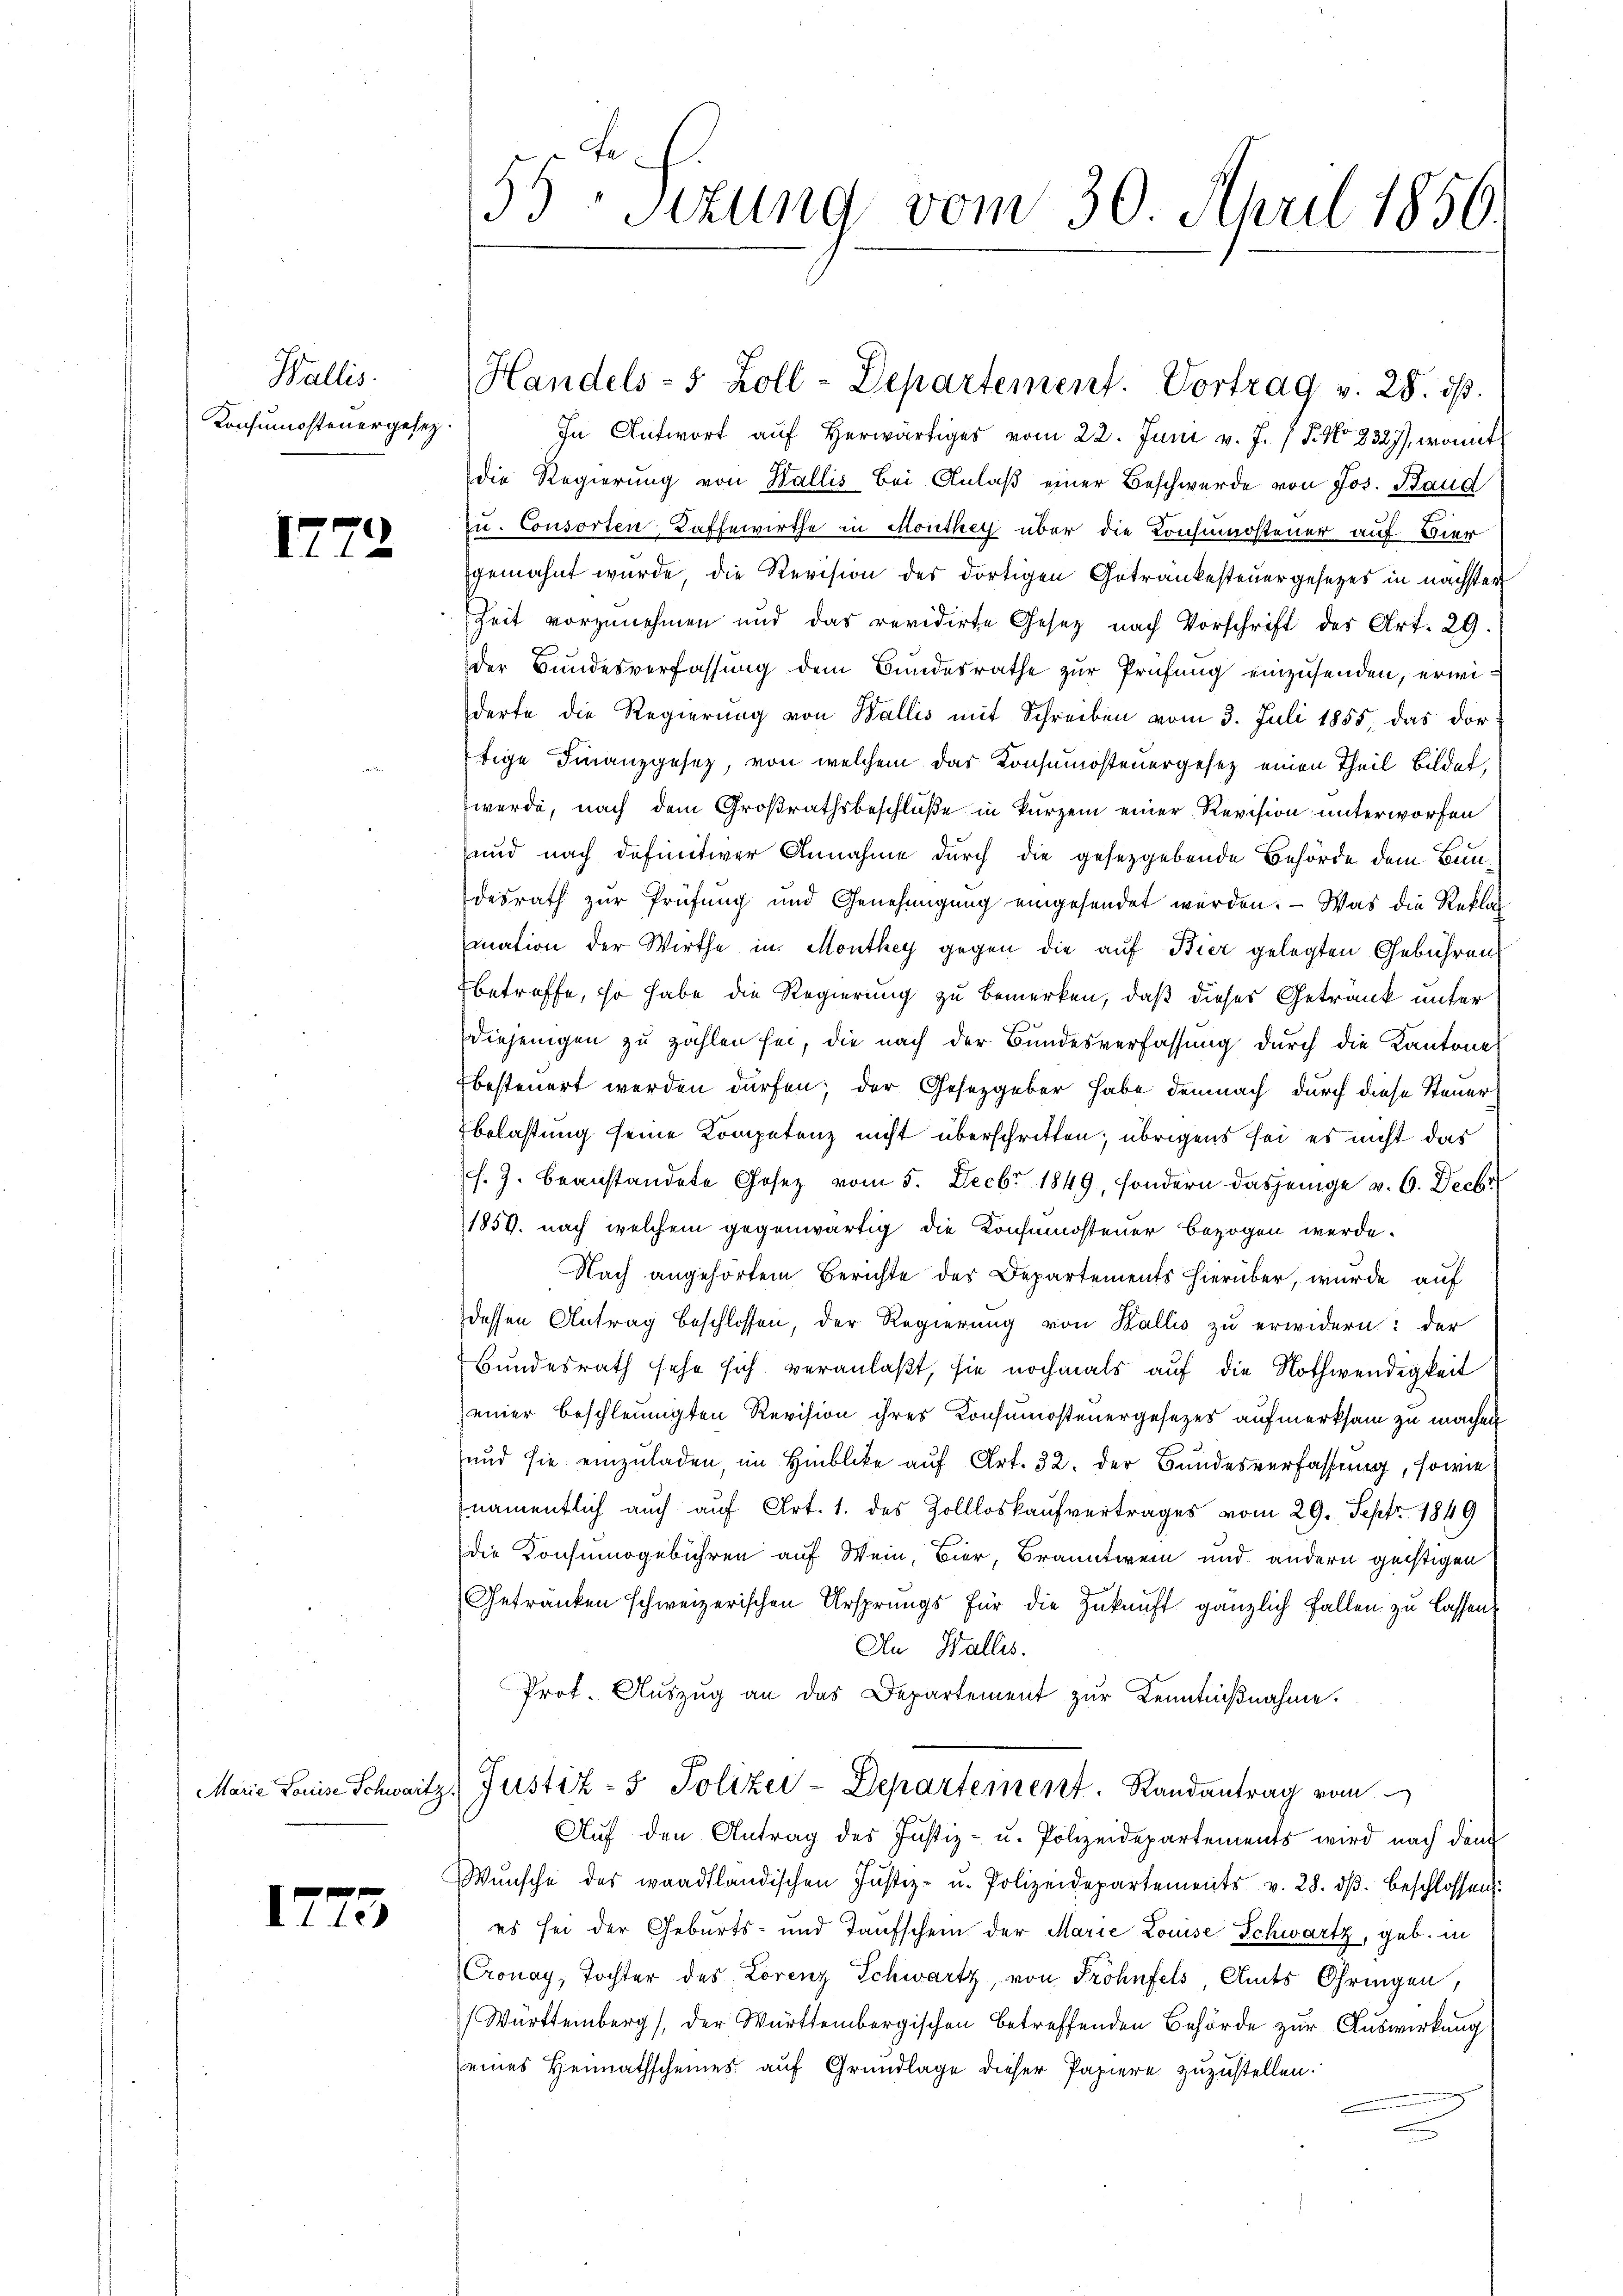
Wallis.
Konsumostenergesez.

1772

1773

55-Sitzung vom 30. April 1856.

Handels- 5 Zoll-Departement. Vortrag v. 28. ds.

In Antwort auf herwärtiges vom 22. Juni v. J. / 5. No 8327), womit
die Regierung von Wallis bei Anlaß einer Beschwerde von Jos. Baud
zu. Consorten-Kaffewirthe in Monthey über die Konsumsteuer auf Vier
gemahnt wurde, die Revision des dortigen Getrankesteuergesezes in nächster
Zeit vorzunehmen und das revidirte Gesetz nach Vorschrift des Art. 29.
der Bundesverfassung dem Bundesrathe zur Prüfung einzusenden, erwiderte die Regierung von Wallis mit Schreiben vom 3. Juli 1855, das dor
tige Finanzgesetz, von welchem das Konsumosteuergesetz einen Theil Bildet,
werde, nach dem Großrathsbeschluße in kurzem einer Revision unterworfen
und nach definitiver Annahme durch die gesetzgebende Behörde dem Bundesrath zur Prüfung und Genehmigung eingesendet werden. — Was die Rekla
mation der Wirthe in Monthey gegen die auf Bier gelegten Gebühren
Ebetreffe, so habe die Regierung zu bemerken, daß dieses Getrank unter
Diejenigen zu zählen sei, die nach der Bundesverfassung durch die Kantone
besteuert werden dürfen; der Gesetzgeber habe demnach durch diese Steuerbelastung seine Kompetenz nicht überschritten; übrigens sei es nicht das
s. Z. beanstandete Gesez vom 5. Decbr 1849, sondern dasjenige v. 6. Decbr
1859. nach welchem gegenwärtig die Konsumosteuer bezogen werde.
Nach angehörtem Berichte des Departements hierüber, wurde auf
dessen Antrag beschlossen, der Regierung von Wallis zu erwidern: der
Bundesrath sehe sich veranlaßt, sie nochmals auf die Nothwendigkeit
einer beschleunigten Revision ihres Konsumostenergesezes aufmerksam zu machen
und sie einzuladen, im Hinblicke auf Art. 32. der Bundesverfassung, sowie
namentlich auch auf Art. 1. des Zollloskaufvertrages vom 29. Sept. 1849
die Konsumsgebühren auf Wein, Bier, Branntwein und andern geistigen
Getränken schweizerischen Ursprungs für die Zukunft gänzlich Fallen zu lassen
An Wallis.
Prof. Auszug an das Departement zur Kenntnißnahme.
Marie Louise Schwaitz, Justiz- & Polizei-Departement. Randantrag vom
Aŭf den Antrag des Justiz- u. Polizeidepartements wird nach dem
Wünsche des waadtländischen Justiz- u. Polizeidepartements v. 28. dβ beschlossen:
es sei der Geburts- und Taufschein der Marie Louise Schwartz, geb. in
Cronay, Tochter des Lorenz Schwartz, von Frohnfels, Amts Chringen,
(Warttemberg), der Württembergischen betreffenden Behörde zur Auswirkung
eines Heimathscheines auf Grundlage dieser Papiere zuzustellen.